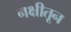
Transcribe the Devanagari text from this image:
नक्षीतून